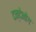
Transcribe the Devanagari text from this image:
दन्देनोग